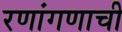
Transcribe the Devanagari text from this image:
रणांगणाची